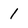
Character: 1